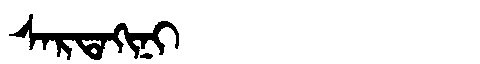
Manchu: ᠰᠠᡵᡨᠠᡴᡳᠨᡳ
Romanization: SARTAKINI